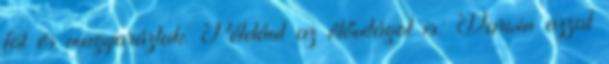
föl és magyaráztak. Például az élővilágot is: Darwin azzal